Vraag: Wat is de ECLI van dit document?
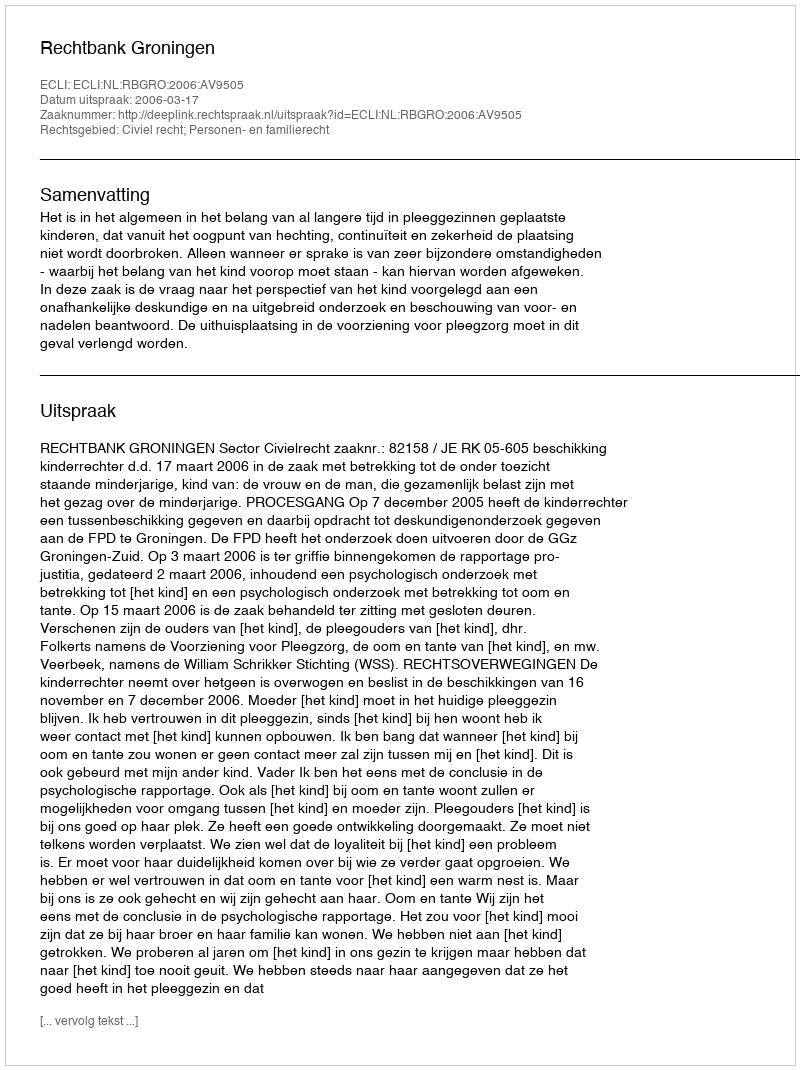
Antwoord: ECLI:NL:RBGRO:2006:AV9505